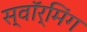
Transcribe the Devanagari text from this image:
स्वॉर्मिंग